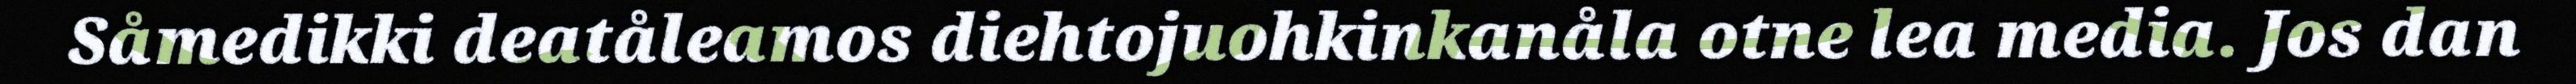
Såmedikki deatåleamos diehtojuohkinkanåla otne lea media. Jos dan